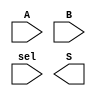
/*--  *******************************************************
--  Computer Architecture Course, Laboratory Sources 
--  Amirkabir University of Technology (Tehran Polytechnic)
--  Department of Computer Engineering (CE-AUT)
--  https://ce[dot]aut[dot]ac[dot]ir
--  *******************************************************
--  All Rights reserved (C) 2019-2020
--  *******************************************************
--  Student ID  : 
--  Student Name: 
--  Student Mail: 
--  *******************************************************
--  Additional Comments:
--
--*/

/*-----------------------------------------------------------
---  Module Name: 32 Bit Adder/Subtractor
---  Description: Module1: 
-----------------------------------------------------------*/
`timescale 1 ns/1 ns

module AdderSubtractor32x32 (
	input  [31:0] A    , // input  [2's complement 32 bits]
	input  [31:0] B    , // input  [2's complement 32 bits]
	input         sel  , // input  [add:sel=0 || sub:sel=1] 
	output [31:0] S      // output [2's complement 32 bits]
);
	// if sel = 0 then add else subtract
	/* write your code here */
	
	/* write your code here */

endmodule